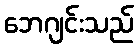
ဘေဂျင်းသည်